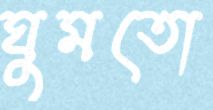
ঘুমতো